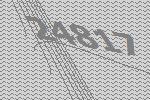
24817